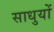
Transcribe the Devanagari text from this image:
साधुयों